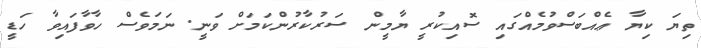
ތިޔަ ކިޔާ ޢެއްބަސްވުމެއްގައި ސޮއިކުރީ ޔާމީން ސަރުކާރުންކަމަށް ވަނީ. ނަމަވެސް ހާވާފައިވާ ހަޑީ